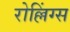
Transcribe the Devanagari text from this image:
रोल्लिंग्स